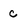
Character: c